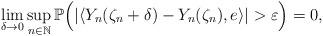
LaTeX: \begin{align*}\lim_{\delta\rightarrow 0}\sup_{n\in\mathbb{N}}\mathbb{P}\Big( |\langle Y_n(\zeta_n +\delta)-Y_n(\zeta_n) , e\rangle | >\varepsilon\Big) =0 ,\end{align*}